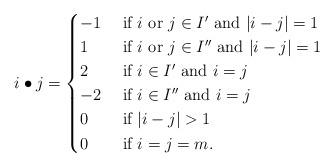
LaTeX: \begin{align*} i \bullet j = \begin{cases}-1 & \textrm{ if } i \textrm { or } j \in I' \textrm{ and } |i-j|=1\\1 & \textrm{ if } i \textrm { or } j \in I'' \textrm{ and } |i-j|=1\\2 & \textrm{ if } i \in I' \textrm{ and } i=j\\-2 & \textrm{ if } i \in I'' \textrm{ and } i=j\\0 & \textrm{ if } |i-j| >1\\0 & \textrm{ if } i=j=m.\end{cases} \end{align*}